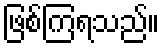
ဖြစ်ကြရသည်။